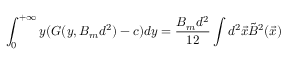
\int _ { 0 } ^ { + \infty } y ( G ( y , B _ { m } d ^ { 2 } ) - c ) d y = \frac { B _ { m } d ^ { 2 } } { 1 2 } \int d ^ { 2 } \vec { x } \tilde { B } ^ { 2 } ( \vec { x } )